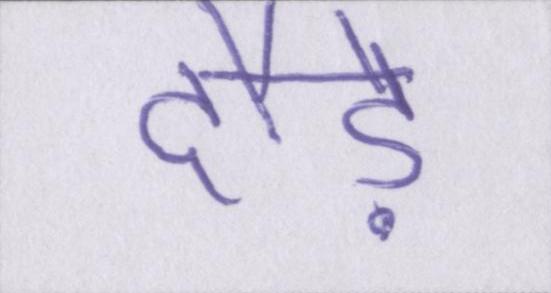
दौड़े